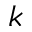
k